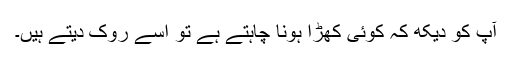
آپ کو دیکھ کہ کوئی کھڑا ہونا چاہتے ہے تو اسے روک دیتے ہیں۔